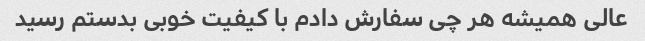
عالی همیشه هر چی سفارش دادم با کیفیت خوبی بدستم رسید